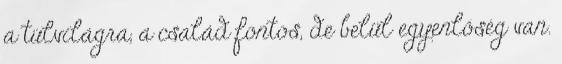
a túlvilágra, a család fontos, de belül egyenlőség van.